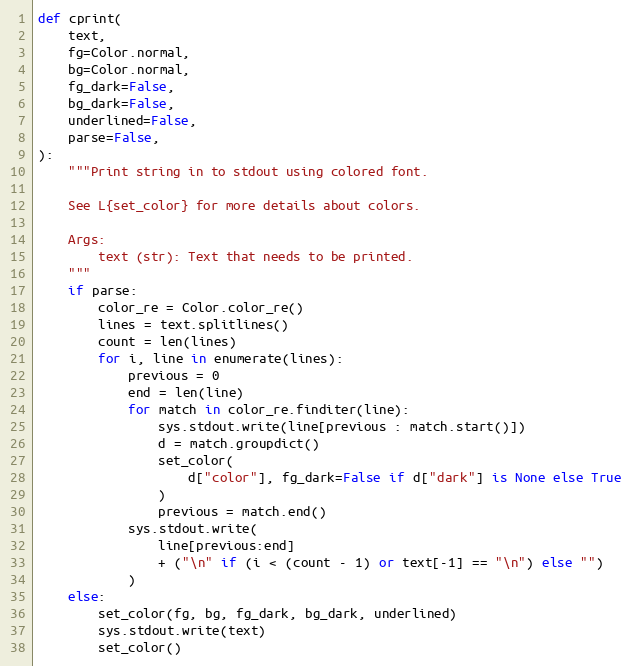
Language: Python
def cprint(
    text,
    fg=Color.normal,
    bg=Color.normal,
    fg_dark=False,
    bg_dark=False,
    underlined=False,
    parse=False,
):
    """Print string in to stdout using colored font.

    See L{set_color} for more details about colors.

    Args:
        text (str): Text that needs to be printed.
    """
    if parse:
        color_re = Color.color_re()
        lines = text.splitlines()
        count = len(lines)
        for i, line in enumerate(lines):
            previous = 0
            end = len(line)
            for match in color_re.finditer(line):
                sys.stdout.write(line[previous : match.start()])
                d = match.groupdict()
                set_color(
                    d["color"], fg_dark=False if d["dark"] is None else True
                )
                previous = match.end()
            sys.stdout.write(
                line[previous:end]
                + ("\n" if (i < (count - 1) or text[-1] == "\n") else "")
            )
    else:
        set_color(fg, bg, fg_dark, bg_dark, underlined)
        sys.stdout.write(text)
        set_color()